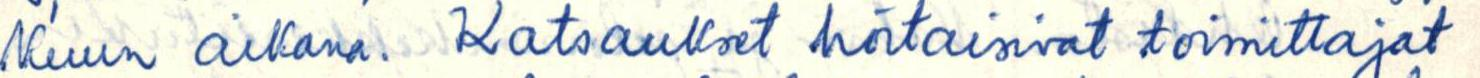
Kuun aikana. Katsaukset hoitaisivat toimittajat